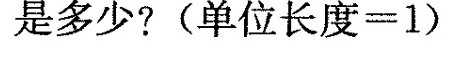
是多少?(单位长度一1)